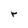
Character: r